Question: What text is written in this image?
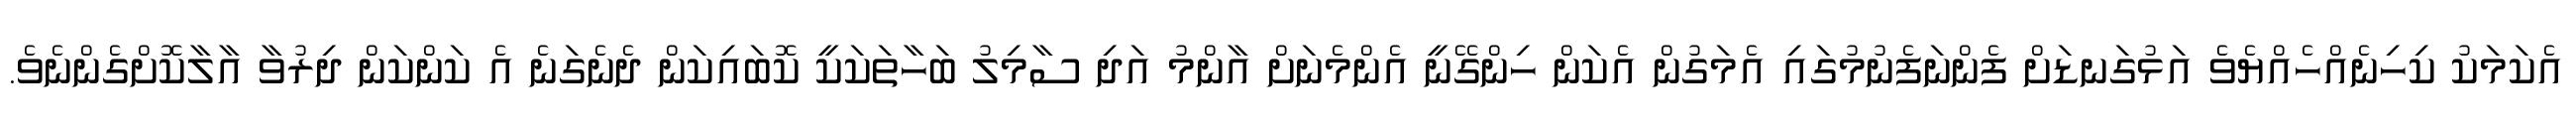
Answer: އެކަމަކު ކިހިނެއްހެއްޔެވެ އަޅުގަނޑަށް ފެންނަފެނުމުގައި އެމަގުން އެކަން ހިންގޭނީ އެންމެނަށް އާންމު އަދި ސާމިލު ބަހާތަކަކީ ކޮބައިކަން ދެނެގަނެ އެ ކަންކަން ދިރުވާ އާލާކޮށްގެންނެވެ.